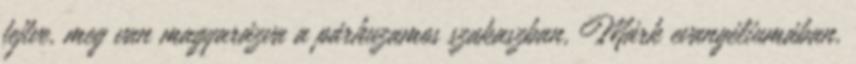
fejtve, meg van magyarázva a párhuzamos szakaszban, Márk evangéliumában.